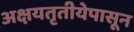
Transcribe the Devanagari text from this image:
अक्षयतृतीयेपासून